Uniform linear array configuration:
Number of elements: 16
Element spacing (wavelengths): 0.75
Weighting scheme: binomial
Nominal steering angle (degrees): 15
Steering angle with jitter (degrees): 14.724
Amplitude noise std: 0.05
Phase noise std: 0.05

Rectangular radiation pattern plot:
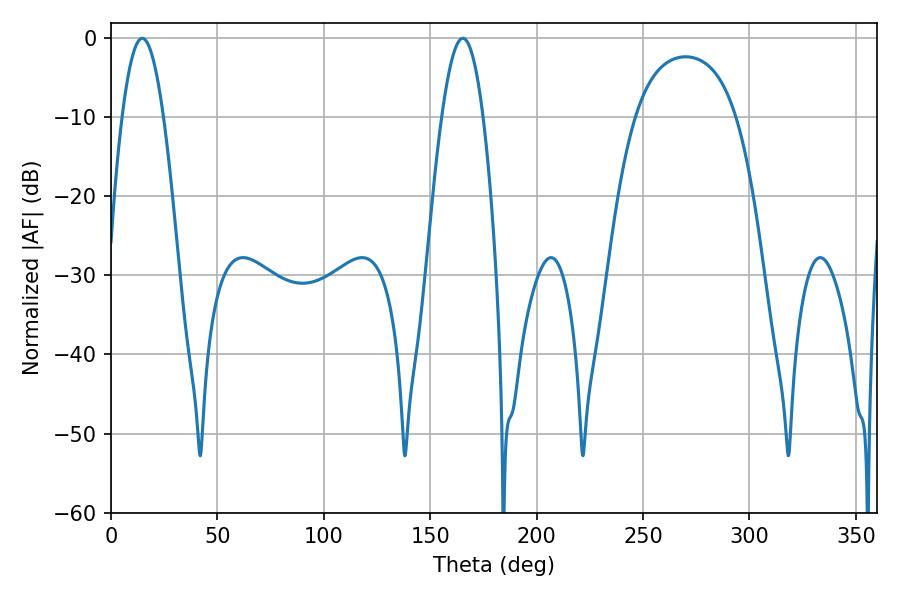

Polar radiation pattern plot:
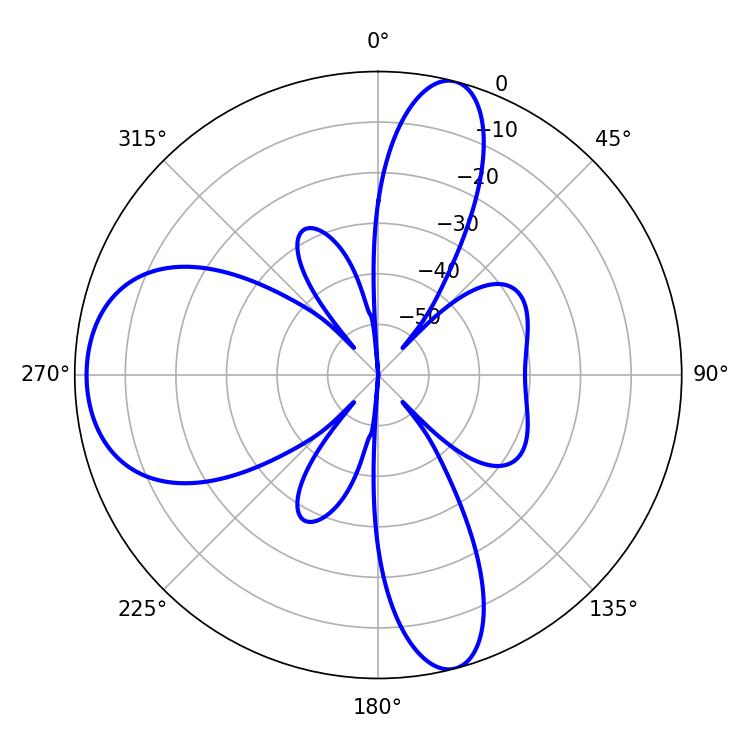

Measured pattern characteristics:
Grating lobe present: TRUE
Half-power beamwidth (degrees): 10.44
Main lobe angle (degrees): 14.76